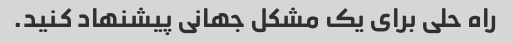
راه حلی برای یک مشکل جهانی پیشنهاد کنید.